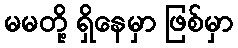
မမတို့ ရှိနေမှာ ဖြစ်မှာ